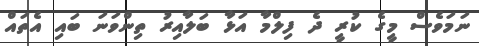
ނަމަވެސް މީގެ ކުރީ ދެ ފިލްމާ އަޅާ ބަލާއިރު ތިންވަނަ ބައި އެތައް